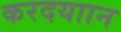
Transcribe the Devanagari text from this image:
करदयाान